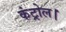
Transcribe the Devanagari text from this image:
कंट्रोल।